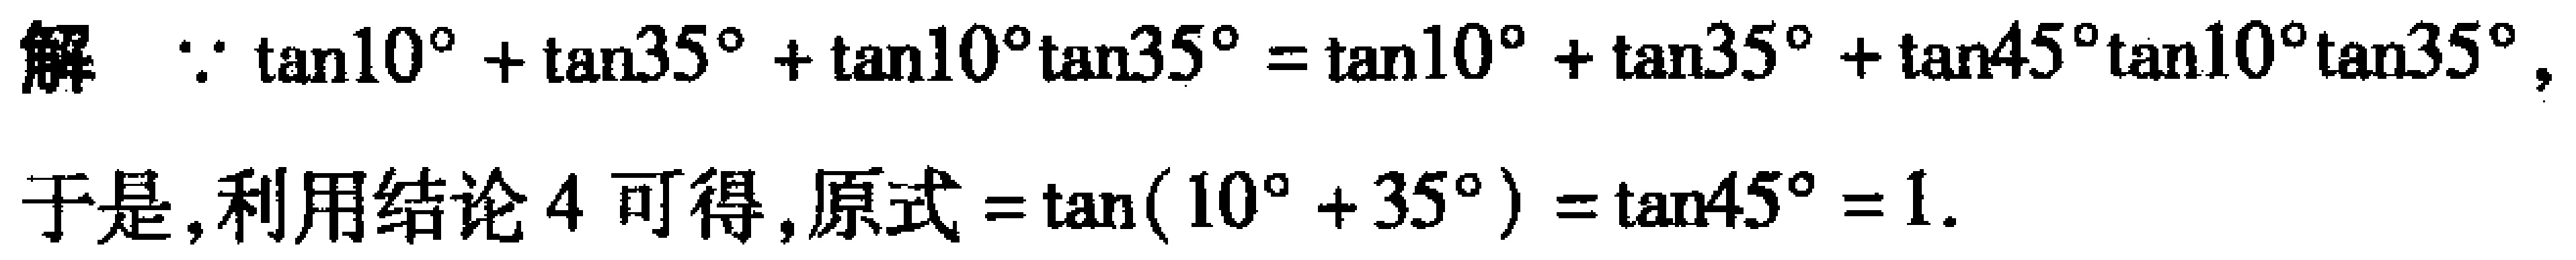
解：\(\because \tan10^{\circ}+\tan35^{\circ}+\tan10^{\circ}\tan35^{\circ}=\tan10^{\circ}+\tan35^{\circ}+\tan45^{\circ}\tan10^{\circ}\tan35^{\circ}\)，
于是，利用结论4可得，原式\(=\tan(10^{\circ}+35^{\circ})=\tan45^{\circ}=1\).